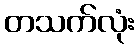
တသက်လုံး